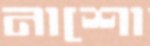
নাশো